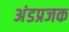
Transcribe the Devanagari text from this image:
अंडप्रजक